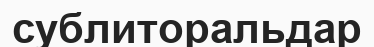
сублиторальдар